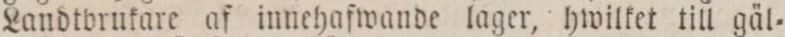
Landtvrukare af innehafwande lager, hwilket till gäl=